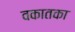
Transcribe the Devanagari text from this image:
वकातका